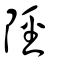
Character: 陘